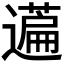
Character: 𬞤